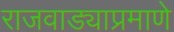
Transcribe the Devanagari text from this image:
राजवाड्याप्रमाणे